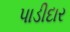
પાડીદાર